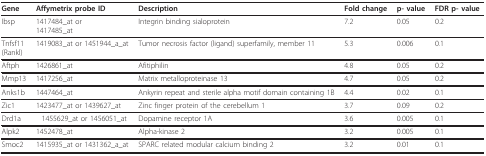
| Gene | Affymetrix probe ID | Description | Fold change | p- value | FDR p- value |
 | --- | --- | --- | --- | --- | --- |
 | Ibsp | 1417484_at or1417485_at | Integrin binding sialoprotein | 7.2 | 0.05 | 0.2 |
 | Tnfsf11(Rankl) | 1419083_at or 1451944_a_at | Tumor necrosis factor (ligand) superfamily, member 11 | 5.3 | 0.006 | 0.1 |
 | Aftph | 1426861_at | Afitiphilin | 4.8 | 0.05 | 0.2 |
 | Mmp13 | 1417256_at | Matrix metalloproteinase 13 | 4.7 | 0.05 | 0.2 |
 | Anks1b | 1447464_at | Ankyrin repeat and sterile alpha motif domain containing 1B | 4.4 | 0.02 | 0.1 |
 | Zic1 | 1423477_at or 1439627_at | Zinc finger protein of the cerebellum 1 | 3.7 | 0.09 | 0.2 |
 | Drd1a | 1455629_at or 1456051_at | Dopamine receptor 1A | 3.6 | 0.005 | 0.1 |
 | Alpk2 | 1452478_at | Alpha-kinase 2 | 3.2 | 0.005 | 0.1 |
 | Smoc2 | 1415935_at or 1431362_a_at | SPARC related modular calcium binding 2 | 3.2 | 0.01 | 0.1 |